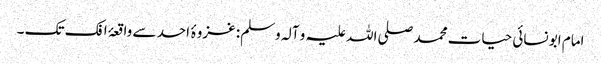
امام ابو نسائی حیات محمد صلی اللہ علیہ و آلہ وسلم: غزوۂ احد سے واقعۂ افک تک ۔